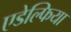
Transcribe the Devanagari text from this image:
एडेल्फिया